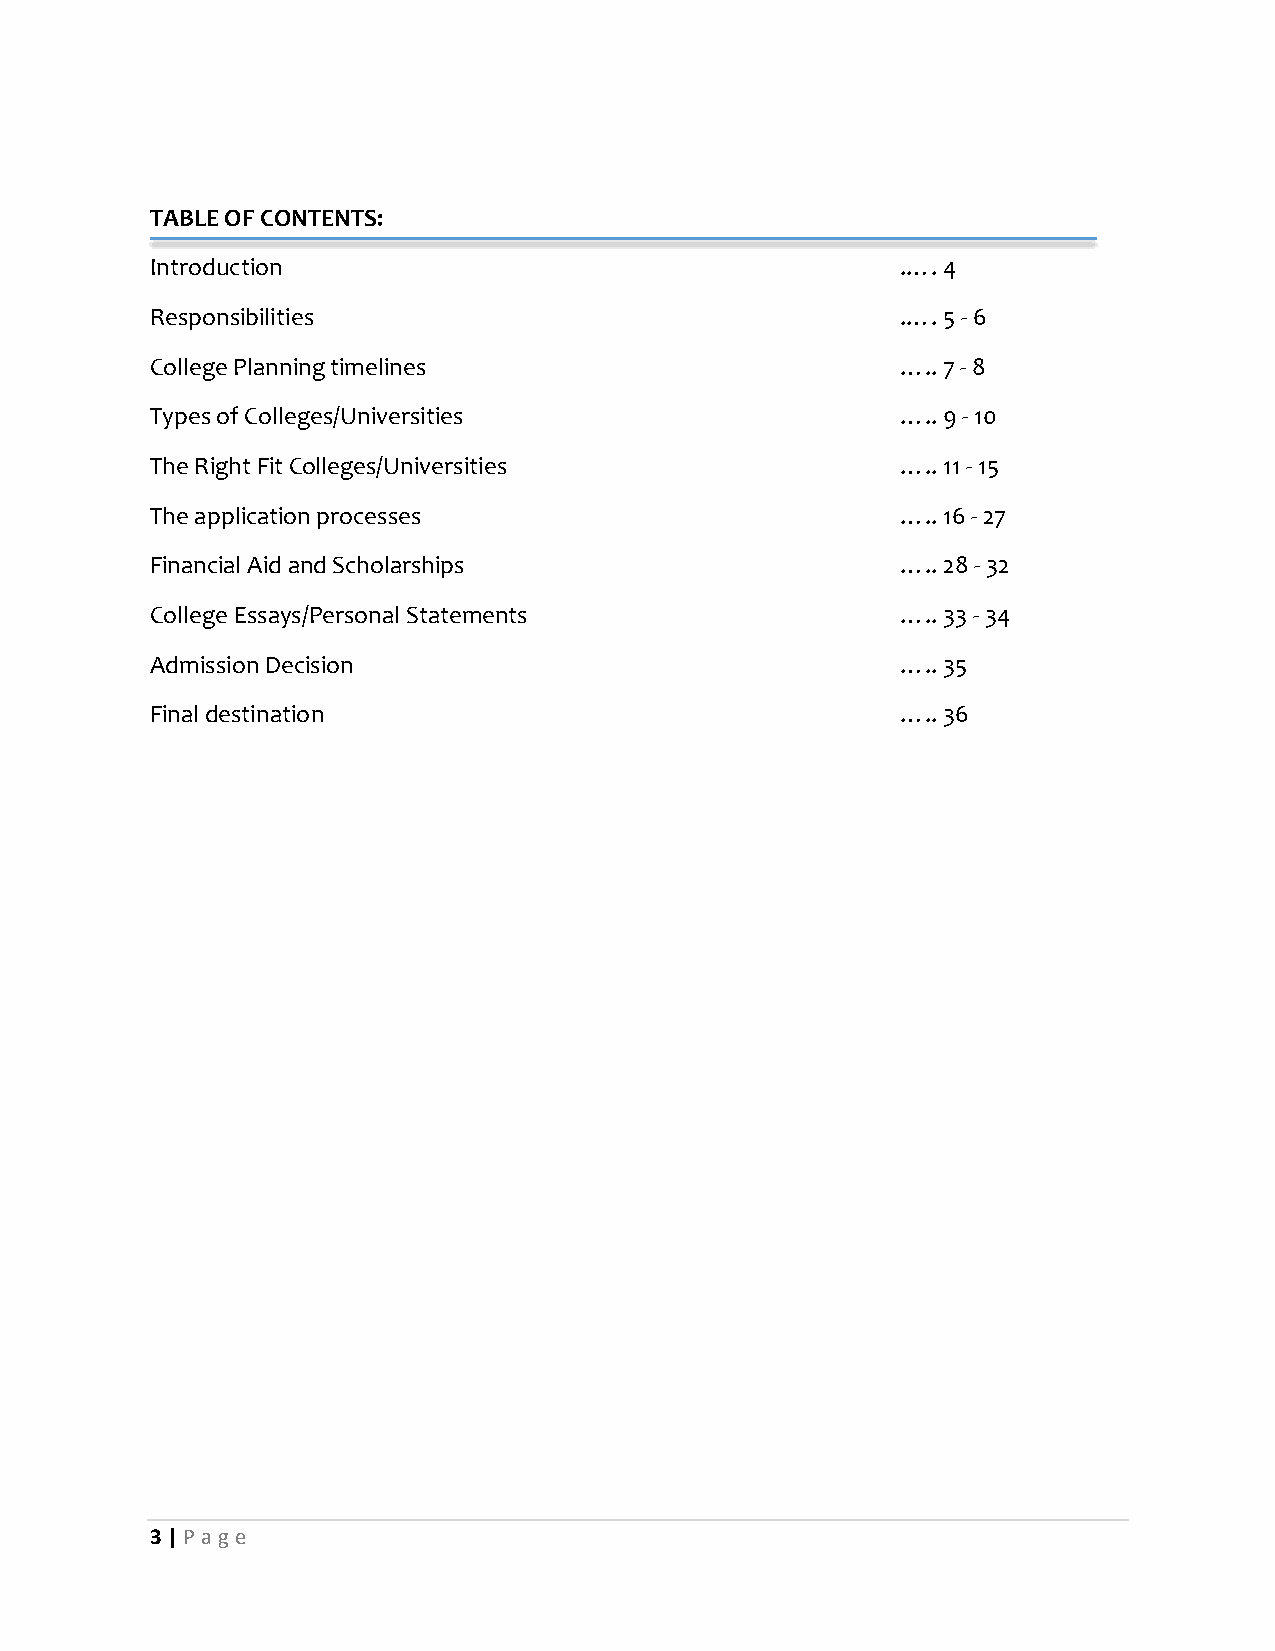
TABLE OF CONTENTS:
 Introduction                                      .…. 4
 Responsibilities                                  .…. 5 - 6
 College Planning timelines                        ….. 7 - 8
 Types of Colleges/Universities                    ….. 9 - 10
 The Right Fit Colleges/Universities               ….. 11 - 15
 The application processes                         ….. 16 - 27
 Financial Aid and Scholarships                    ….. 28 - 32
 College Essays/Personal Statements                ….. 33 - 34
 Admission Decision                                ….. 35
 Final destination                                 ….. 36
 3 | P age